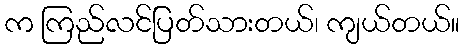
က ကြည်လင်ပြတ်သားတယ်၊ ကျယ်တယ်။